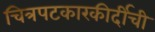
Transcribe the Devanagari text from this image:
चित्रपटकारकीर्दीची